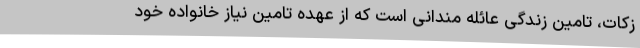
زکات، تامین زندگی عائله مندانی است که از عهده تامین نیاز خانواده خود